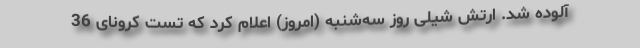
آلوده شد. ارتش شیلی روز سه‌شنبه (امروز) اعلام کرد که تست کرونای 36